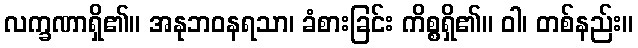
လက္ခဏာရှိ၏။ အနုဘဝနရသာ၊ ခံစားခြင်း ကိစ္စရှိ၏။ ဝါ၊ တစ်နည်း။